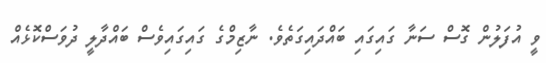
ވީ އުފަލުން ގޮސް ސަނާ ގައިގައި ބައްދައިގަތެވެ. ނާޒިމްގެ ގައިގައިވެސް ބައްދާލީ ދުވަސްކޮޅެއް